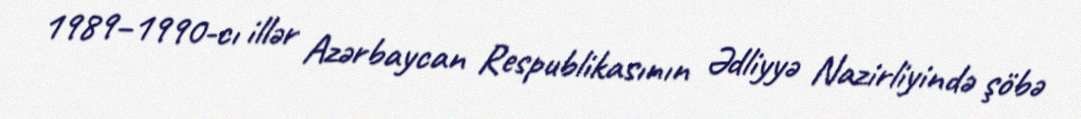
1989–1990-cı illər Azərbaycan Respublikasının Ədliyyə Nazirliyində şöbə